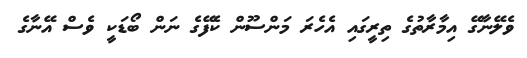
ވެލޭނާގޭ އިމާރާތުގެ ތިރީގައި އެހެރަ މަންސޫން ކެފޭގެ ނަން ބޯޑަކީ ވެސް އޭނާގެ